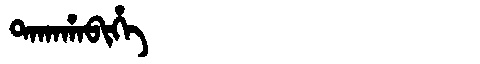
Manchu: ᡨᠠᡴᠠᡥᠠᠪᡳᡥᡝ
Romanization: TAKAHABIHE